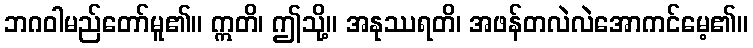
ဘဂဝါမည်တော်မူ၏။ ဣတိ၊ ဤသို့။ အနုဿရတိ၊ အဖန်တလဲလဲအောကင်မေ့၏။